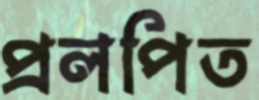
প্রলপিত